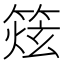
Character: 𥰌